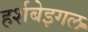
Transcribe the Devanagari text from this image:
हर्शबेइगल